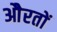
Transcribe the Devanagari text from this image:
औेरतों